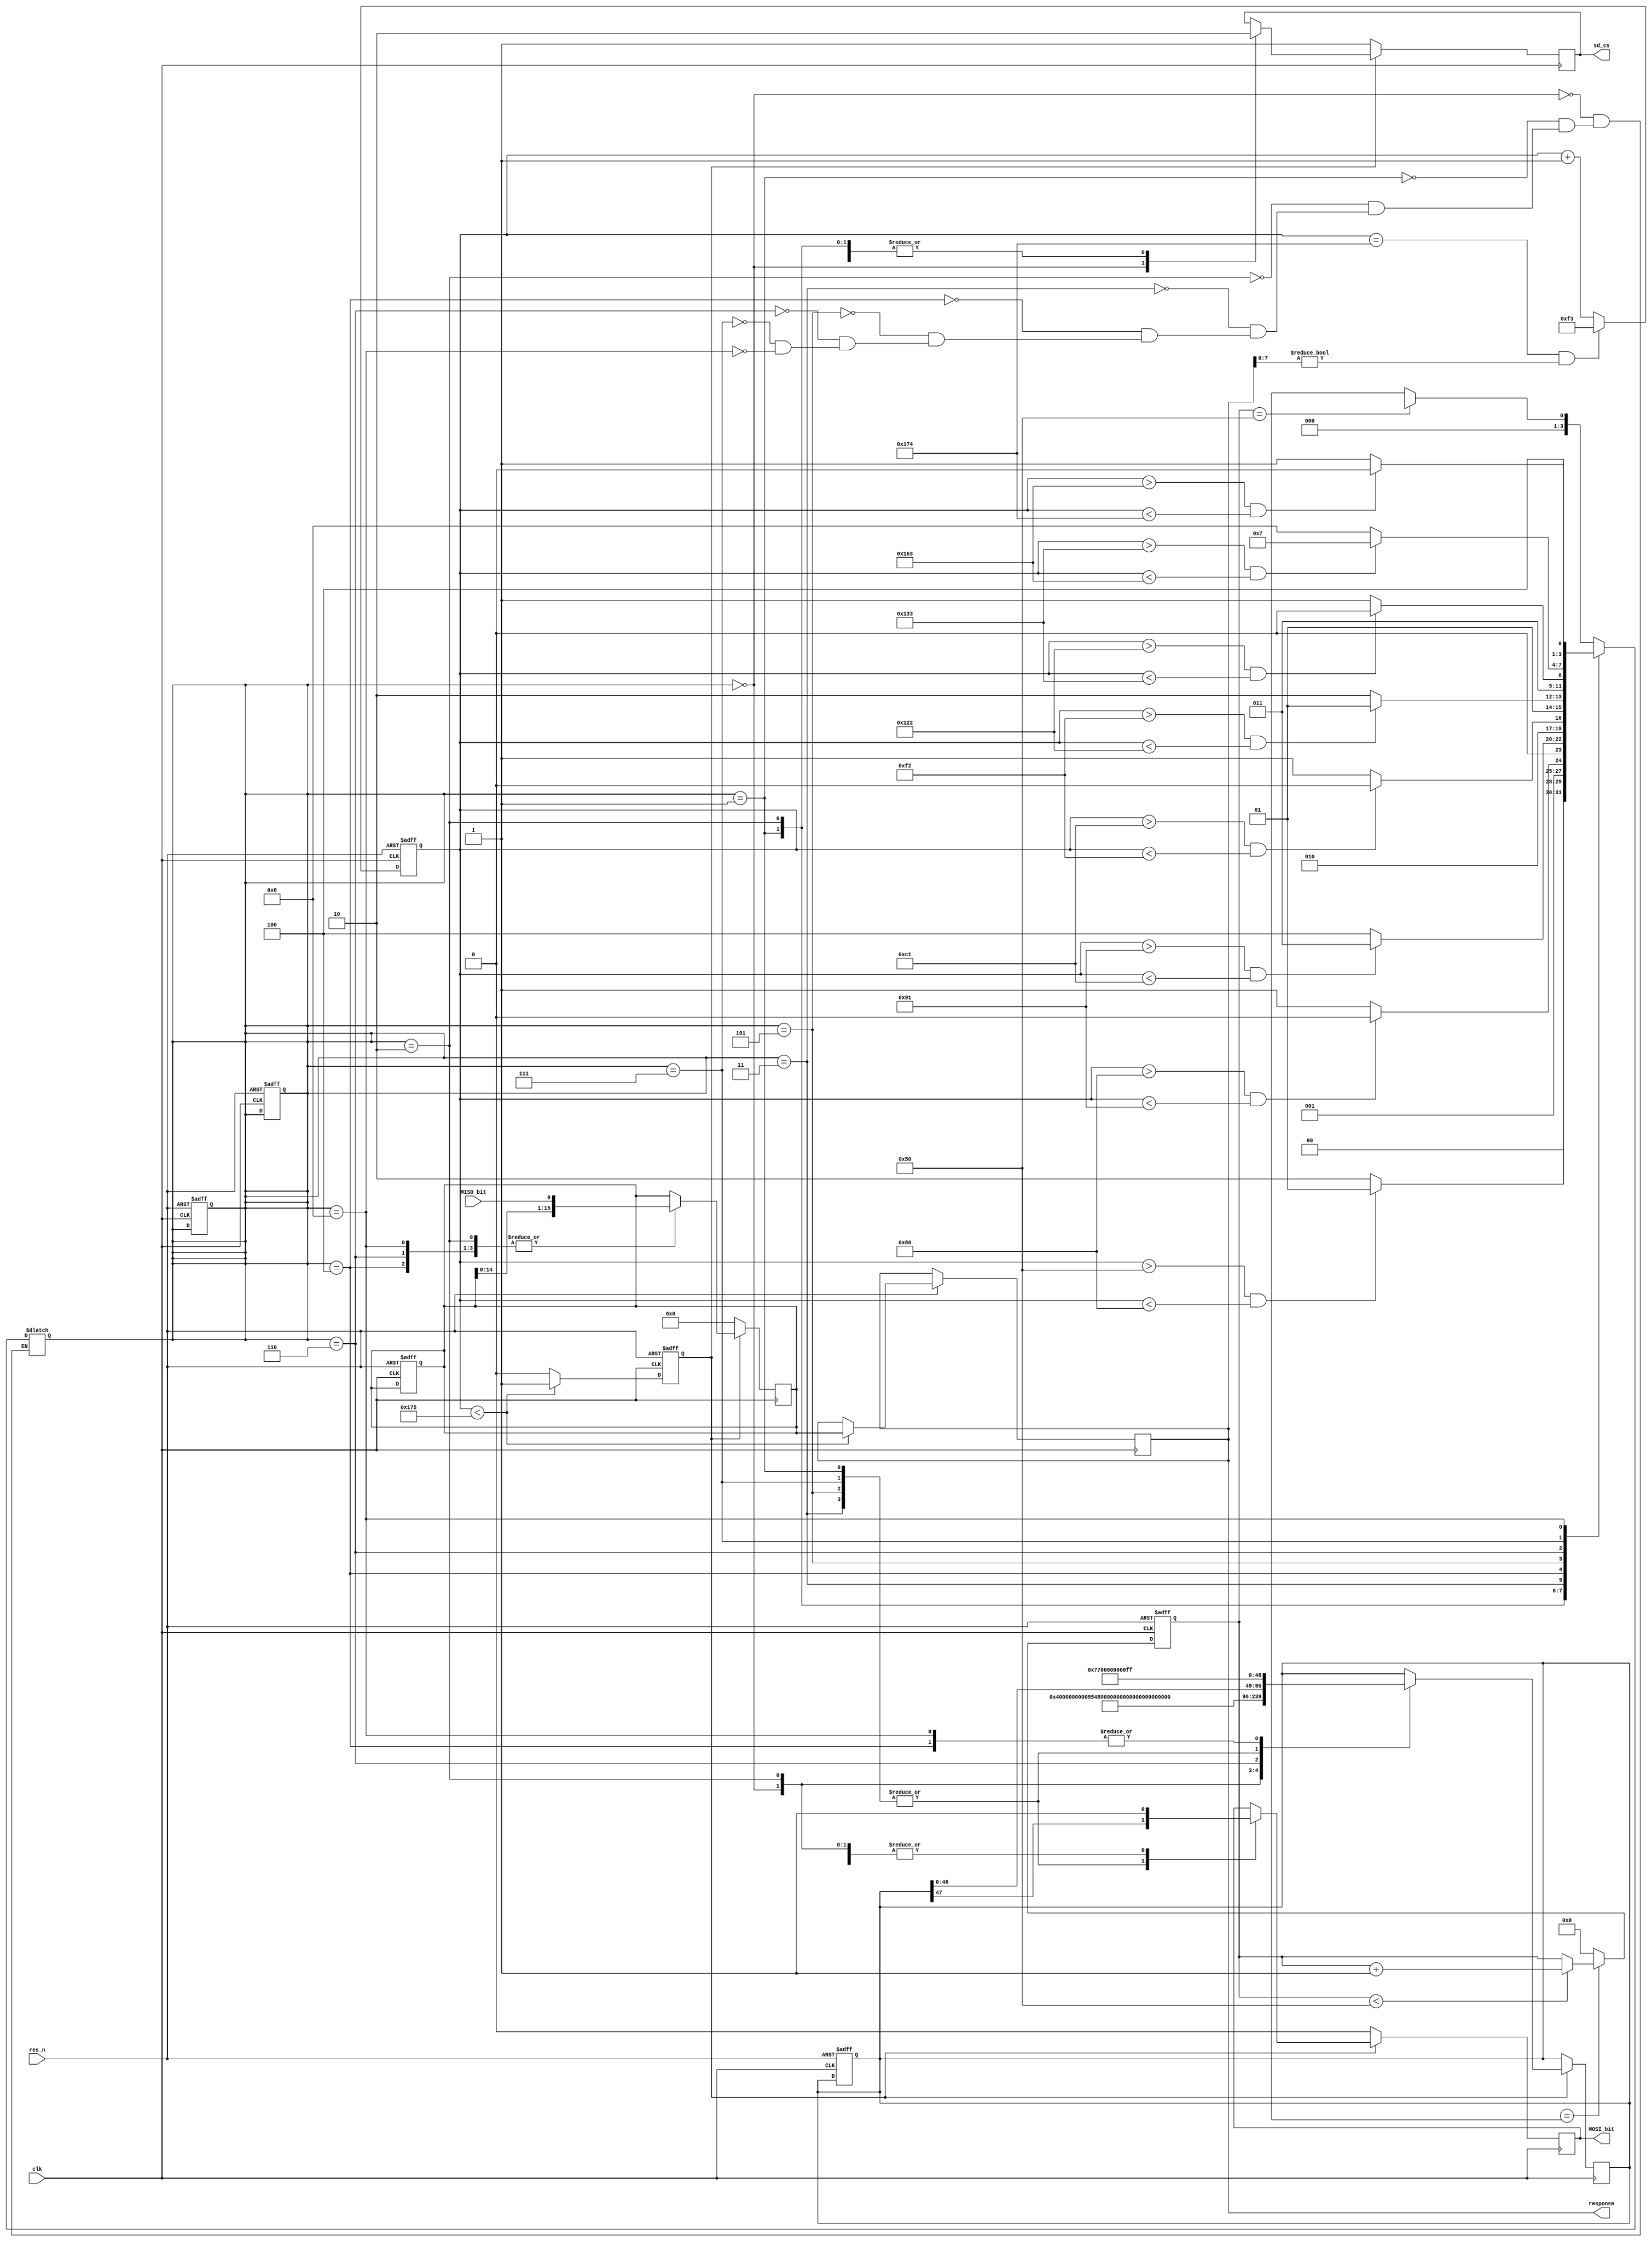
module  init_sd(

				input clk,
				input res_n,
				input MISO_bit,//data outSDص
				output reg sd_cs,
				output reg MOSI_bit,//data inдSD
				output reg[15:0] response
				);
		localparam CMD0 = 48'h400000000095,CMD8 = 48'h48000001AA87,CMD55 = 48'h7700000000FF,CMD41 = 48'h6940000000FF;
		localparam WAIT_74_CYCLE = 0,SEND_CMD0 = 1,READ_CMD0_RESP = 2,SEND_CMD8 = 3,READ_CMD8_RESP = 4,
		         SEND_CMD55 = 5,READ_CMD55_RESP = 6,SEND_CMD41 = 7,READ_CMD41_RESP = 8,END = 9;
		localparam POWER_ON_NUM = 80;
								
		reg[3:0] state,next_state;
    reg[15:0] clock_counter;
    reg[47:0] MOSI;
    reg[15:0] recv_data;
    reg activator;
    reg[12:0]  poweron_cnt;
    
    //ϵȴȶ
		always @(posedge clk or negedge res_n) begin
		    if(!res_n)
		        poweron_cnt <= 13'd0;
		    else if(cur_state == st_idle) begin
		        if(poweron_cnt < POWER_ON_NUM)
		            poweron_cnt <= poweron_cnt+ 1'b1;
		    end
		    else
		        poweron_cnt <= 13'd0;
		end

    
    
    always@(posedge clk or negedge res_n)begin
    	if(~res_n)begin
    		state <= 0;
    		next_state <= 0;
    		clock_counter <= 0;
    		MOSI <= 0;
    		recv_data <= 0;
    		activator <=0;
    	end
    	else begin
    		state <= next_state;
    		if(clock_counter ==372 && response[7:0] != 8'b0)begin
    			clock_counter <= 243;
    		end
    		else begin
    			clock_counter <= clock_counter +1;
    		end
    		if(clock_counter <373)begin
    			activator <= 1;
    			response <= recv_data;
    		end
    		else activator <=0;
    	
    	end
    end
    always@(clock_counter)begin
    	state <= next_state;
    	case(state)
    		WAIT_74_CYCLE:begin
    			if(poweron_cnt == POWER_ON_NUM)  //Ĭ״̬ϵȴSDȶ
                next_state = st_send_cmd0;
            else
                next_state = st_idle;
    			
    		end
    		SEND_CMD0:begin
    			if(clock_counter > 80 && clock_counter < 128)begin
    				next_state = SEND_CMD0;
    			end
    			else begin
    				next_state = READ_CMD0_RESP;
    			end
    		end
    		READ_CMD0_RESP:begin
    			if(clock_counter > 128 && clock_counter <145)begin
    				next_state = READ_CMD0_RESP;
    			end
    			else begin 
    				next_state = SEND_CMD8;
    			end
    		end
    		SEND_CMD8:begin
    			if(clock_counter > 145 && clock_counter <193)begin
    				next_state = SEND_CMD8;
    			end
    			else begin
    				next_state = READ_CMD8_RESP;
    			end
    		end
    		READ_CMD8_RESP:begin
    			if(clock_counter > 193 && clock_counter <242)begin
    				next_state = READ_CMD8_RESP;
    			end
    			else begin
    				next_state = SEND_CMD55;
    			end
    		end
    		SEND_CMD55:begin
    			if(clock_counter > 242 && clock_counter <290)begin
    				next_state = SEND_CMD55;
    			end
    			else begin
    				next_state = READ_CMD55_RESP;
    			end
    		end
    		READ_CMD55_RESP:begin
    			if(clock_counter > 290 && clock_counter < 307)begin
    				next_state = READ_CMD55_RESP;
    			end
    			else begin
    				next_state = SEND_CMD41;
    			end
    		end
    		SEND_CMD41:begin
    			if(clock_counter > 307 && clock_counter < 355)begin
    				next_state = SEND_CMD41;
    			end
    			else begin
    				next_state = READ_CMD41_RESP;
    			end
    		end
    		READ_CMD41_RESP:begin
    			if(clock_counter > 355 && clock_counter < 372 )begin
    				next_state = READ_CMD41_RESP;
    			end
    			else begin
    				if(response[7:0] != 8'b0)begin
    				next_state = END;
    				end
    				else begin
    				next_state = END;
    				end
    			end
    		end
    	  END:begin end
    	  default:begin end
    	endcase
    end
    assign clk_inv = ~clk;
    always@(posedge clk_inv)begin
    	if(activator == 1)begin
    		case(state)
    			WAIT_74_CYCLE:begin
    				sd_cs <= 1;
    				MOSI_bit <= 1;
    				MOSI <= CMD0;
    			end
    			SEND_CMD0:begin
    				sd_cs <= 0;
    				MOSI_bit <= MOSI[47];
    				MOSI = MOSI << 1;
    			end
    			READ_CMD0_RESP:begin
    				sd_cs <= 0;
    				MOSI_bit <= 1;
    				MOSI <= CMD8;
    				recv_data <={recv_data[14:0],MISO_bit}; //sdصݴrecv_data
    			end
    			SEND_CMD8:begin
    				sd_cs <= 0;
    				MOSI_bit <= MOSI[47];
    				MOSI = MOSI << 1;
    			end
    			READ_CMD8_RESP:begin
    				sd_cs <= 0;
    				MOSI_bit <= 1;
    				MOSI <= CMD55;
    				recv_data <={recv_data[14:0],MISO_bit}; 
    			end
    			SEND_CMD55:begin
    				sd_cs <= 0;
    				MOSI_bit <= MOSI[47];
    				MOSI = MOSI << 1;
    			end
    			READ_CMD55_RESP:begin
    				sd_cs <= 0;
    				MOSI_bit <= 1;
    				MOSI <= CMD41;
    				recv_data <={recv_data[14:0],MISO_bit}; 
    			end
    			SEND_CMD41:begin
    				sd_cs <= 0;
    				MOSI_bit <= MOSI[47];
    				MOSI = MOSI << 1;
    			end
    			READ_CMD41_RESP:begin
    				sd_cs <= 0;
    				MOSI_bit <= 1;
    				MOSI <= CMD55;
    				recv_data <={recv_data[14:0],MISO_bit}; 
    			end
    		  END:begin end
    		  default:begin end
    		endcase
    	end
    	else begin
    		sd_cs <= 1;
    		MOSI_bit <= 0;
    		recv_data <= 16'h0;
    	end
    	
    end

endmodule
module init_sd_tb;
reg clk,res_n,MISO_bit;

wire sd_cs,MOSI_bit;
wire [15:0] response;

init_sd  init_sd(clk,res_n,MISO_bit,sd_cs,MOSI_bit,response);


initial begin
	clk <= 0;res_n <= 0;MISO_bit <= 1;
	#10 res_n <= 1;
	#2000 $stop;
	
end
always #5 clk = ~clk;
endmodule